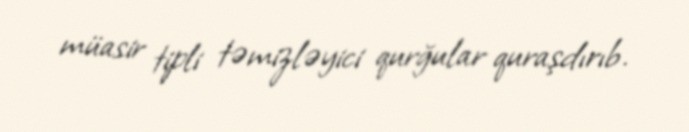
müasir tipli təmizləyici qurğular quraşdırıb.